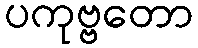
ပကုဗ္ဗတော